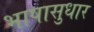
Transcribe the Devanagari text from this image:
भाषासुधार